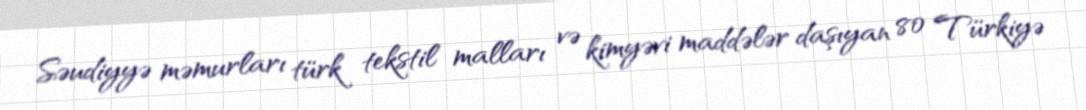
Səudiyyə məmurları türk tekstil malları və kimyəvi maddələr daşıyan 80 Türkiyə